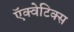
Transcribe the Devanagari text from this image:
ऍक्वेटिक्स